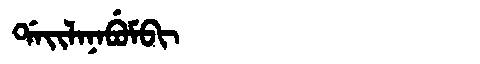
Manchu: ᡩᠠᡳᠯᠠᠨᠠᠪᡠᠮᠪᡳ
Romanization: DAILANABUMBI